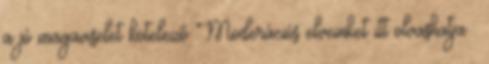
a jó magaviselet kötelező Moderációs elveinket itt olvashatja .